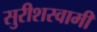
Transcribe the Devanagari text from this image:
सुरीशस्वामी